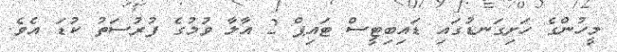
މީހުންގެ ހަށިގަނޑުގައި ޑައިބިޓީސް ޓައިޕް 2 އާލާ ވުމުގެ ފުރުސަތު ކުޑަ އެވެ.